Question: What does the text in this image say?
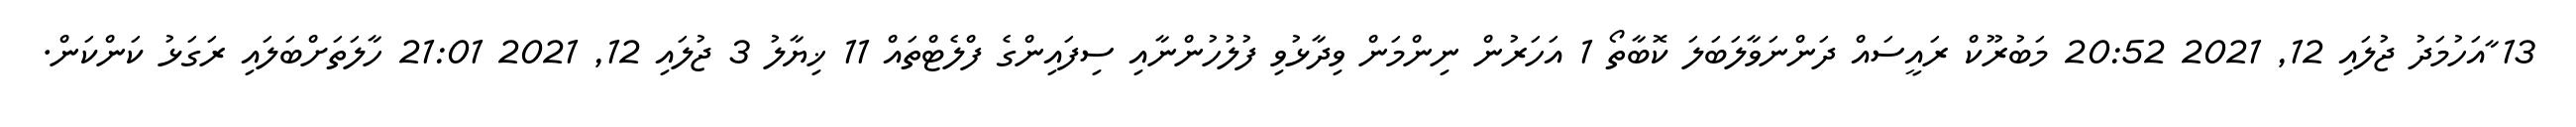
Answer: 13 ާއަހުމަދު ޖުލައި 12, 2021 20:52 މަބުރޫކް ރައީސައް ދަންނަވާލަބަލަ ކޮބާތޯ 1 އަހަރުން ނިންމަން ވިދާޅުވި ފުލުހުންނާއި ސިފައިންގެ ފްލެޓްތައް 11 ޚިޔާލު 3 ޖުލައި 12, 2021 21:01 ހާލަތަށްބަލައި ރަގަޅު ކަންކަން.